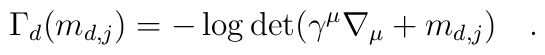
\Gamma_d(m_{d,j})=-\log\det(\gamma^\mu\nabla_\mu+m_{d,j})~~~.